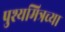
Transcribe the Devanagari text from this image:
पुश्यमित्रच्या